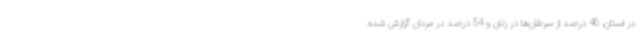
در استان، 46 درصد از سرطان‌ها در زنان و 54 درصد در مردان گزارش شده